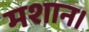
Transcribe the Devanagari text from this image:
मशान।